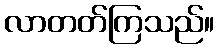
လာတတ်ကြသည်။